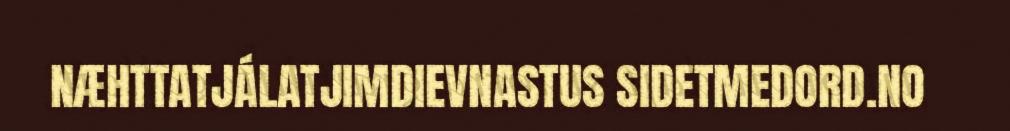
NÆHTTATJÁLATJIMDIEVNASTUS SIDETMEDORD.NO